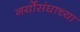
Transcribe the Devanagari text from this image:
नर्योसंघाच्या